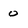
Character: o